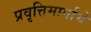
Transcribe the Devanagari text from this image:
प्रवृत्तिमार्गाचे